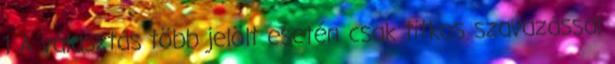
1 A választás több jelölt esetén csak titkos szavazással